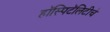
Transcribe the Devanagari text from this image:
हॉस्पिटॅलिटीचे